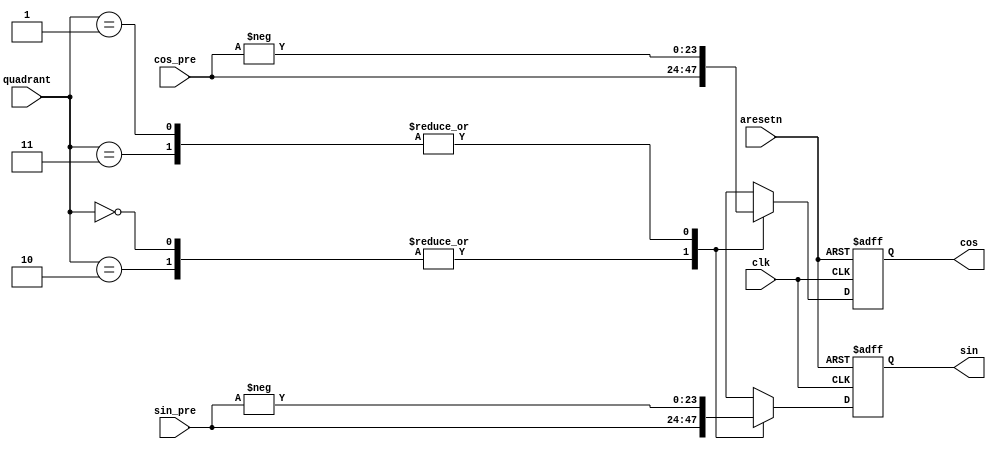
module cordic_quad_post(
    input clk,
    input aresetn,

    input [1:0] quadrant,
    input signed [23:0] cos_pre,
    input signed [23:0] sin_pre,
    output reg signed[23:0] cos,
    output reg signed[23:0] sin
);
// parameters
parameter x_init = 10_0000;

always@(posedge clk or negedge aresetn) begin
    if(!aresetn) begin
        cos <= 0;
        sin <= 0;
    end
    else begin
        case(quadrant)
            2'b00:begin  // first quad
                cos <= cos_pre;
                sin <= sin_pre;
            end
            2'b01:begin  // second quad
                cos <= -cos_pre;
                sin <= -sin_pre;
            end
            2'b10:begin  // fourth quad
                cos <= cos_pre;
                sin <= sin_pre;
            end
            2'b11:begin  // third quad
                cos <= -cos_pre;
                sin <= -sin_pre;
            end
            default:begin  //  unknown
                cos <= cos_pre;
                sin <= sin_pre;
            end
        endcase
    end
end

endmodule